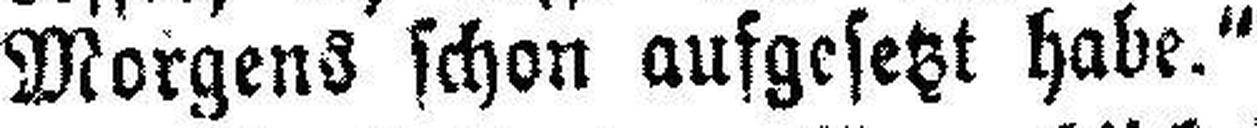
Morgens schon aufgesetzt habe.“